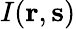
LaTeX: I({\mathbf r},{\mathbf s})